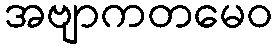
အဗျာကတမေဝ